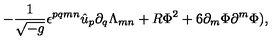
- { \frac { 1 } { \sqrt { - g } } } \epsilon ^ { p q m n } \hat { u } _ { p } \partial _ { q } \Lambda _ { m n } + R \Phi ^ { 2 } + 6 \partial _ { m } \Phi \partial ^ { m } \Phi ) ,